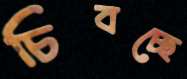
চিবচ্ছে